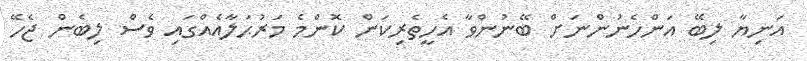
އަނިޔާ ލިބޭ އަންހެނުންނަށް ބޭނުންވާ އެހީތެރިކަން ކޮންމެ މަރުޙަލާއެއްގައި ވެސް ލިބެން ޖެހޭ